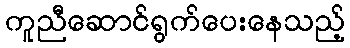
ကူညီဆောင်ရွက်ပေးနေသည့်